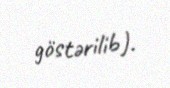
göstərilib).